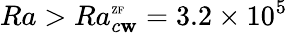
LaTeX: Ra>Ra_{c\mathbf{w}}^{\mathrm{{\tiny{ZF}}}}=3.2\times10^{5}